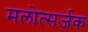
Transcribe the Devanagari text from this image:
मलोत्सर्जक